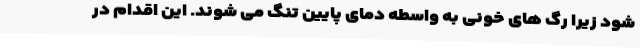
شود زیرا رگ های خونی به واسطه دمای پایین تنگ می شوند. این اقدام در